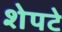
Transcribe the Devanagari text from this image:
शेपटे